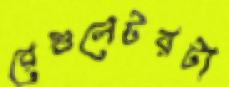
রেগুলেটরটা